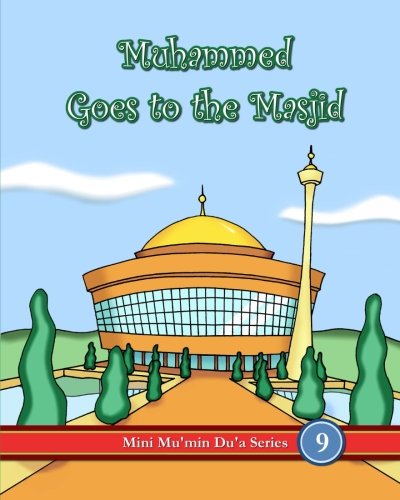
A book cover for Muhammed Goes To The Masjid (Mini Mu'min Du'a Series); Mini Mu'min Publications; Religion & Spirituality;